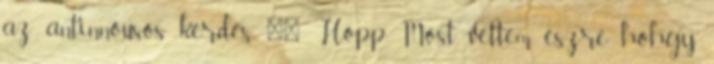
az antinnousos kérdés "" Hopp Most vettem észre hohgy